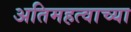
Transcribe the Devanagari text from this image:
अतिमहत्वाच्या